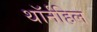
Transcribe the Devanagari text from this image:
थॉर्नहिल